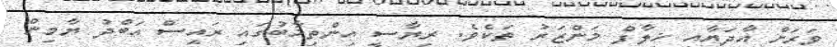
ވަރަށް އާދަޔާއި ޚިލާފް މަންޒަރު ތަކެވެ. ރިޔާސީ އިންތިޚާބުގައި ރައީސް އަބްދު ޔާމިން